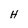
Character: H